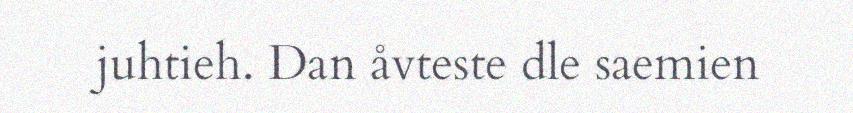
juhtieh. Dan åvteste dle saemien